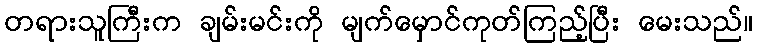
တရားသူကြီးက ချမ်းမင်းကို မျက်မှောင်ကုတ်ကြည့်ပြီး မေးသည်။